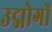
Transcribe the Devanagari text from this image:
उद्मोगों